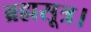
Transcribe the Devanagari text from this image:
ब्रह्मसूत्र।